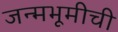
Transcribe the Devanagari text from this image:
जन्मभूमीची